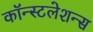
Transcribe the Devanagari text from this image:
कॉन्स्टलेशन्स